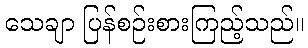
သေချာ ပြန်စဉ်းစားကြည့်သည်။